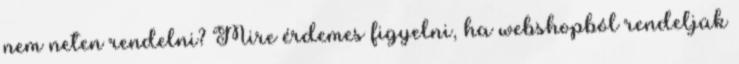
nem neten rendelni? Mire érdemes figyelni, ha webshopból rendeljük